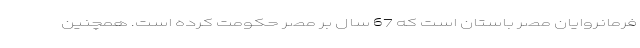
فرمانروایان مصر باستان است که 67 سال بر مصر حکومت کرده است. همچنین